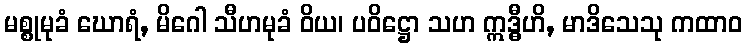
မစ္စုမုခံ ဃောရံ, မိဂေါ သီဟမုခံ ဝိယ၊ ပဝိဋ္ဌော သဟ ဣဒ္ဓီဟိ, မာဒိသေသု ကထာဝ